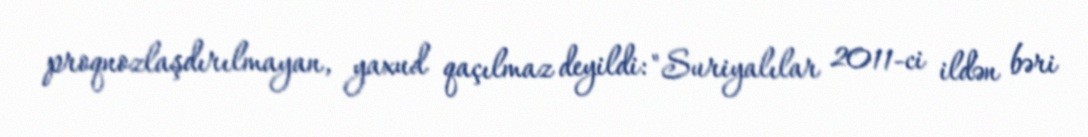
proqnozlaşdırılmayan, yaxud qaçılmaz deyildi: "Suriyalılar 2011-ci ildən bəri